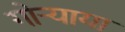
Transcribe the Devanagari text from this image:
गोऱ्याया